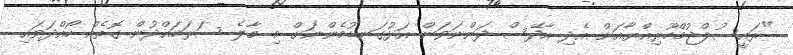
"ރައީސުލްޖުމްހޫރިއްޔާއަށް އެދި އާދޭސް ދަންނަވަން އަޅުގަނޑުމެންނަށް މި މާލެ ސަރަހައްދުން ގޮތެއް ހޯއްދަވައި